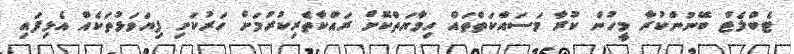
ޓެބްލެޓް ބޭނުންކުރާ މީހުން ކުރާ މަސައްކަތްތައް ހިމާޔަތްކޮށް ރައްކާތެރިކުރުމަށް ހަރުކަށި ފިޔަވަޅުތަކެއް އެޅިފައި